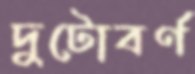
দুটোবর্ণ